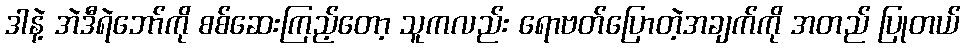
ဒါနဲ့ အဲဒီရဲဘော်ကို စစ်ဆေးကြည့်တော့ သူကလည်း ရောဗတ်ပြောတဲ့အချက်ကို အတည် ပြုတယ်